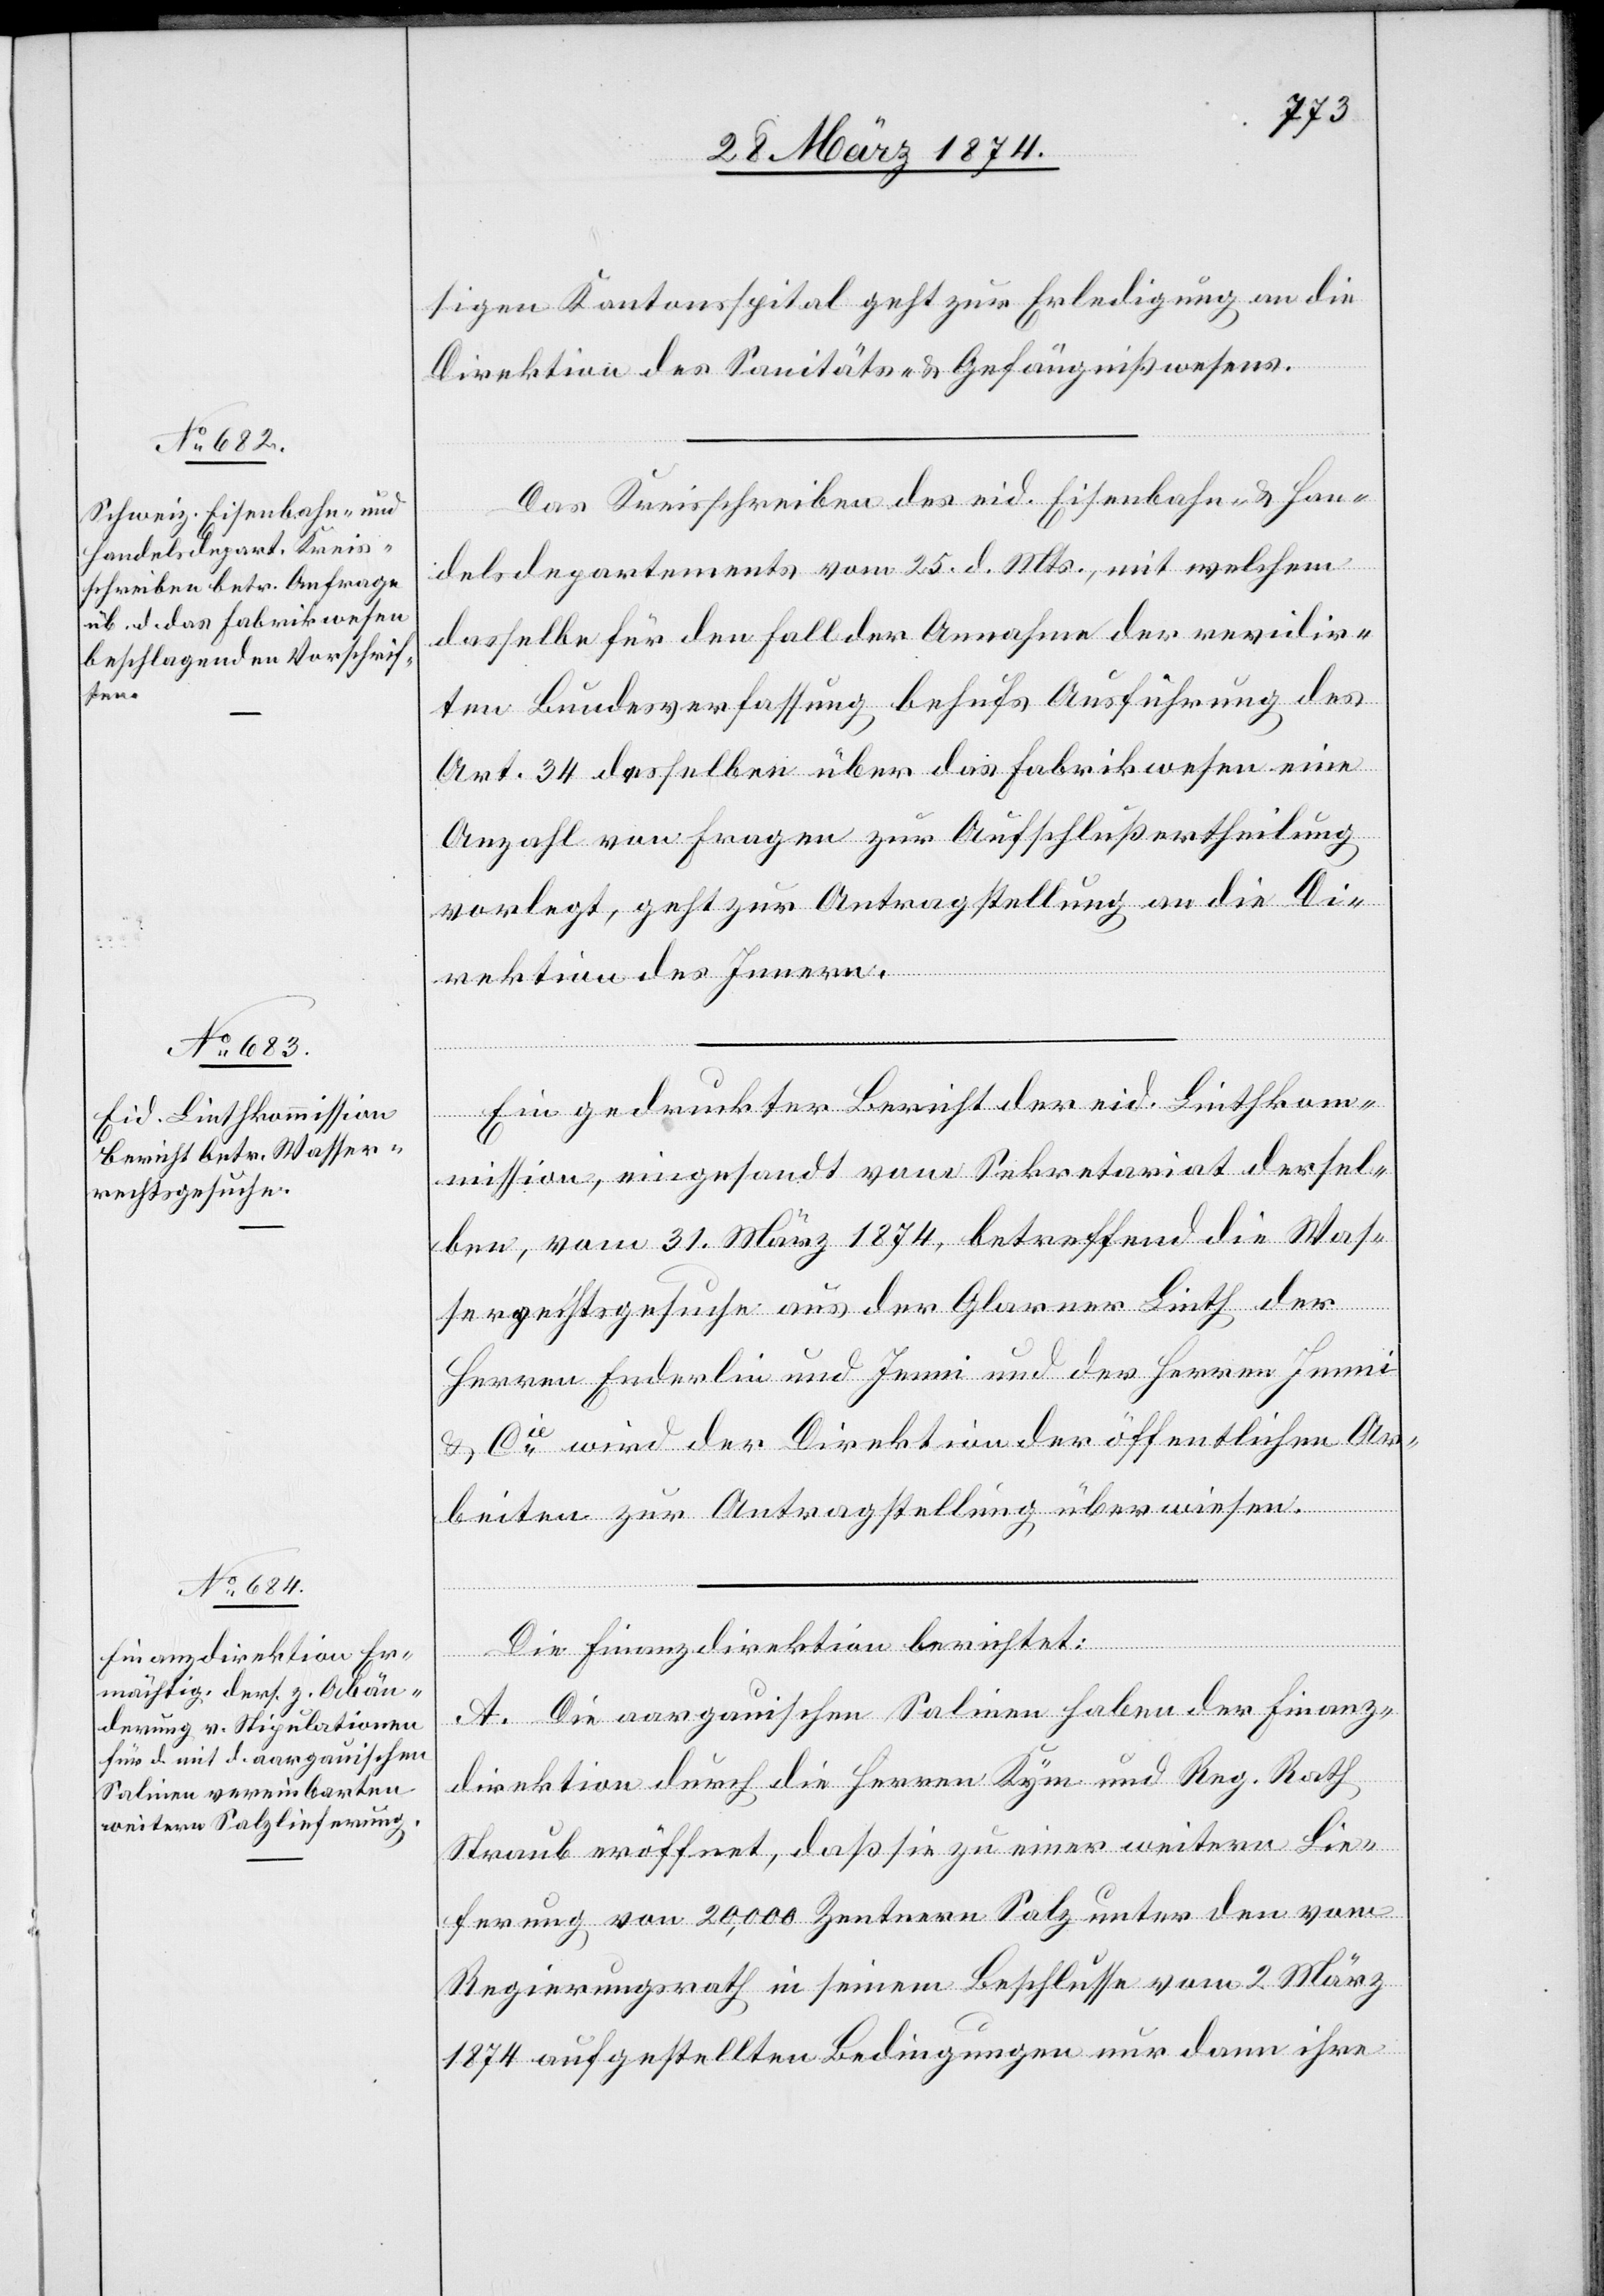
sigen Kantonsspital geht zur Erledigung an die
Direktion des Sanitäts- u. Gefängnißwesens.
Das Kreisschreiben des eid. Eisenbahn- u. Han¬
delsdepartements vom 25. d. Mts., mit welchem
dasselbe für den Fall der Annahme der revidir¬
ten Bundesverfassung behufs Ausführung des
Art. 34 desselben über das Fabrikwesen eine
Anzahl von Fragen zur Aufschlußertheilung
verlegt, geht zur Antragstellung an die Di¬
rektion des Innern.
Ein gedruckter Bericht der eid. Linthkom¬
mission, eingesandt vom Sekretariat dessel¬
ben, vom 31. März 1874, betreffend die Was¬
serrechtsgesuche aus der Glarner Linth der
Herren Enderlin und Jenni und der Herren Immi
u. Cie, wird der Direktion der öffentlichen Ar¬
beiten zur Antragstellung überwiesen.
Die Finanzdirektion berichtet:
A. Die aargauischen Salinen haben der Finanz¬
direktion durch die Herren Kyn und Reg. Rath
Straub eröffnet, daß sie zu einer weitern Lie¬
ferung von 20,000 Zentnern Salz unter den vom
Regierungsrath in seinem Beschlusse vom 2. März
1874 aufgestellten Bedingungen nur dann ihre